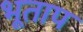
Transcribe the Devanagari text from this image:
भूताप